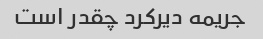
جریمه دیرکرد چقدر است